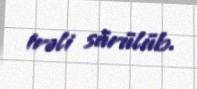
irəli sürülüb.